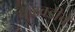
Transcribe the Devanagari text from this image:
धुळवडीचे